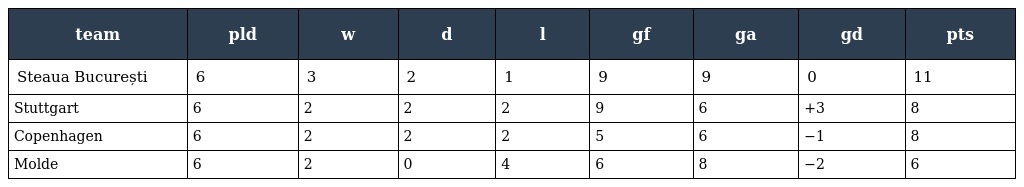
| team | pld | w | d | l | gf | ga | gd | pts |
 | --- | --- | --- | --- | --- | --- | --- | --- | --- |
 | Steaua București | 6 | 3 | 2 | 1 | 9 | 9 | 0 | 11 |
 | Stuttgart | 6 | 2 | 2 | 2 | 9 | 6 | +3 | 8 |
 | Copenhagen | 6 | 2 | 2 | 2 | 5 | 6 | −1 | 8 |
 | Molde | 6 | 2 | 0 | 4 | 6 | 8 | −2 | 6 |